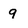
Character: 9